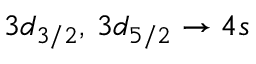
3 d _ { 3 / 2 } , \, 3 d _ { 5 / 2 } \rightarrow 4 s